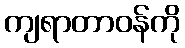
ကျရာတာဝန်ကို